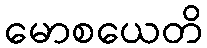
မောစယေတိ